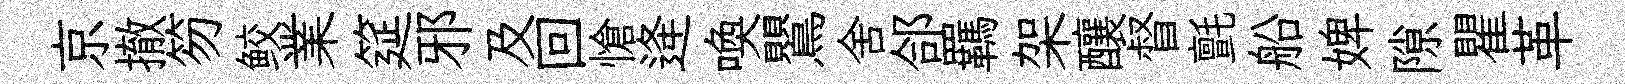
京撤笏鲛業筵邪及回愴逄喚鸎舍郃羈架釀督氈船婢隙瞿革